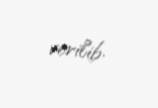
verilib.